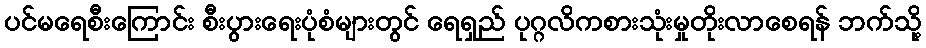
ပင်မရေစီးကြောင်း စီးပွားရေးပုံစံများတွင် ရေရှည် ပုဂ္ဂလိကစားသုံးမှုတိုးလာစေရန် ဘက်သို့